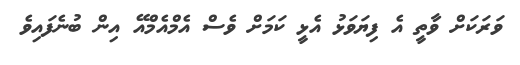
ވަރަކަށް ވާތީ އެ ފިޔަވަޅު އެޅީ ކަމަށް ވެސް އެމްއެމްއޭ އިން ބުނެފައިވެ